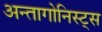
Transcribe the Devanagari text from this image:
अन्तागोनिस्ट्स